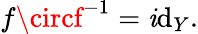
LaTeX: f\circf^{-1}=\operatorname{\mathit{i}d}_{Y}.